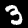
Label: 3